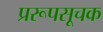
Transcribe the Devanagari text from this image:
प्ररूपसूचक